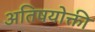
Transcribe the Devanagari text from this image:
अतिषयोक्ती